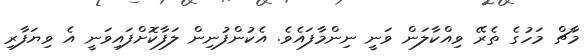
މާޗް މަހުގެ ތެރޭ ވިއްކާލަން ވަނީ ނިންމާފައެވެ. އެކުންފުނިން ލަފާކޮށްފައިވަނީ އެ ވިޔަފާރި